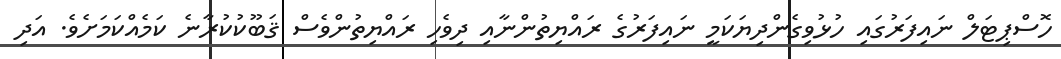
ހޮސްޕިޓަލް ނައިފަރުގައި ހުޅުވިގެންދިޔަކަމީ ނައިފަރުގެ ރައްޔިތުންނާއި ދިވެހި ރައްޔިތުންވެސް ޤަބޫކުކުރާނެ ކަމެއްކަމަށެވެ. އަދި